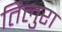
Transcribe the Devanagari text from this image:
तिलुरा